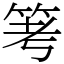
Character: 𥬯